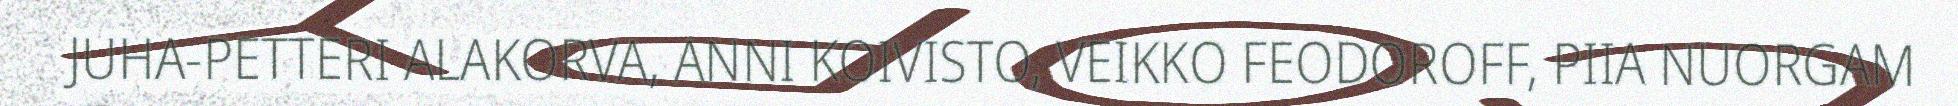
JUHA-PETTERI ALAKORVA, ANNI KOIVISTO, VEIKKO FEODOROFF, PIIA NUORGAM